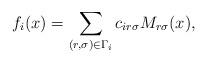
LaTeX: \begin{align*}f_i(x) =\sum_{(r,\sigma)\in\Gamma_i} c_{ir\sigma}M_{r\sigma}(x),\end{align*}